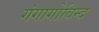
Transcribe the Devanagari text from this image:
गंगागोविन्द